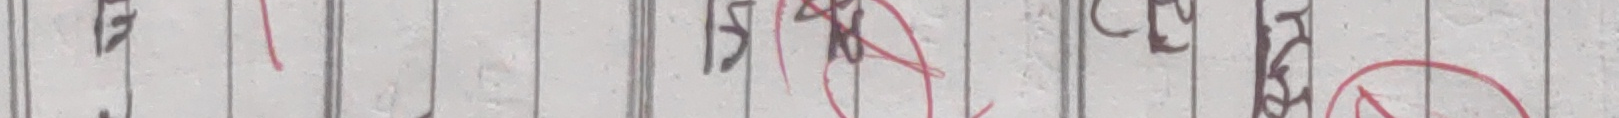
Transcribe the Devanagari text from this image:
म 13 झ